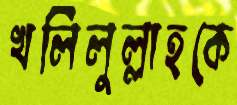
খলিলুল্লাহকে